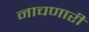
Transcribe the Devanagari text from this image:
नाचणारी